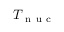
T _ { \mathrm { ~ n ~ u ~ c ~ } }